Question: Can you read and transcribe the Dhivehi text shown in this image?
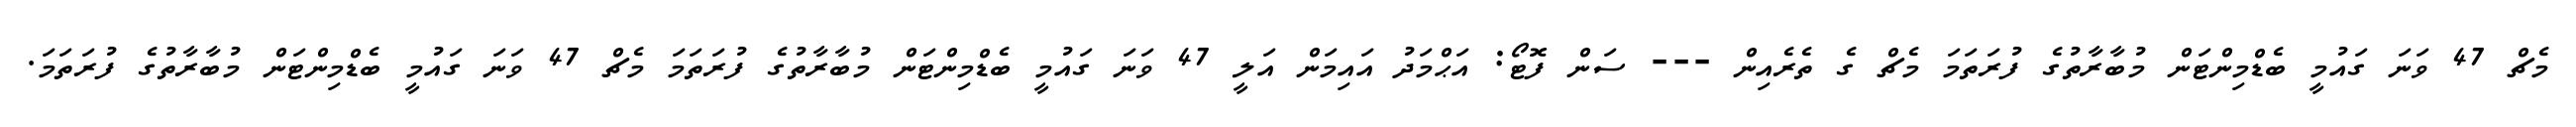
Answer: މެޗް 47 ވަނަ ގައުމީ ބެޑްމިންޓަން މުބާރާތުގެ ފުރަތަމަ މެޗް ގެ ތެރެއިން --- ސަން ފޮޓޯ: އަޙްމަދު އައިމަން އަލީ 47 ވަނަ ގައުމީ ބެޑްމިންޓަން މުބާރާތުގެ ފުރަތަމަ މެޗް 47 ވަނަ ގައުމީ ބެޑްމިންޓަން މުބާރާތުގެ ފުރަތަމަ.